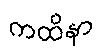
ကထိနာ